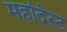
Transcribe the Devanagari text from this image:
महदिस्ट